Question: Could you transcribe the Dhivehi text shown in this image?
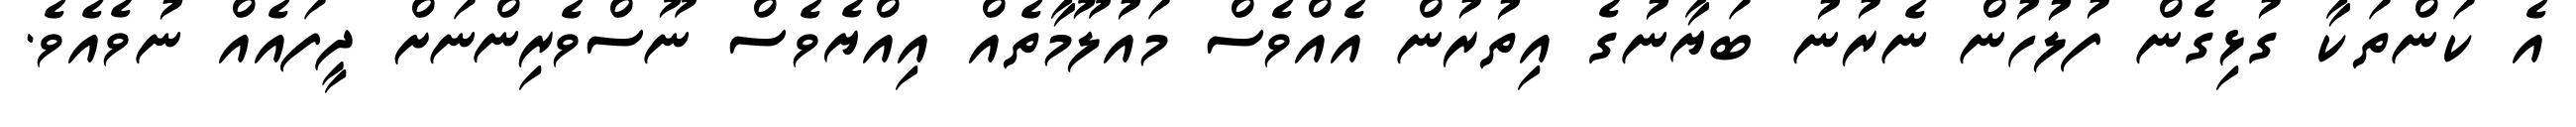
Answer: އެ ކަންތަކާ ގުޅިގެން ފުލުހުން ނެރުނު ބަޔާނުގެ އިތުރުން އެއްވެސް މައުލޫމާތެއް އިއްޔެވެސް ނޫސްވެރިންނަށް ދީފައެއް ނުވެއެވެ.